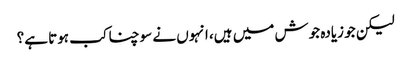
لیکن جو زیادہ جوش میں ہیں، انہوں نے سوچنا کب ہوتا ہے؟